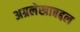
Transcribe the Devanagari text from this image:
अग्रलेखाबद्दल